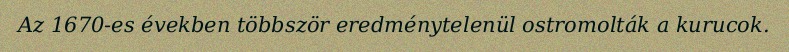
Az 1670-es években többször eredménytelenül ostromolták a kurucok.